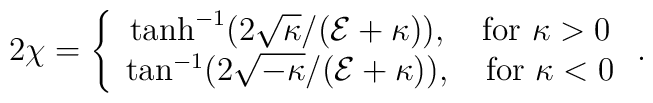
2\chi=\left\{  \begin{array}{c}  \tanh^{-1}(2\sqrt{\kappa}/({\cal E}+\kappa)),\quad \mbox{for }  \kappa>0\\  \tan^{-1}(2\sqrt{-\kappa}/({\cal E}+\kappa)),\quad \mbox{for }  \kappa<0  \end{array}\right. .